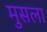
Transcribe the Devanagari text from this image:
मुसला